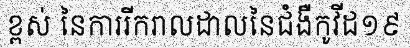
ខ្ពស់ នៃការរីករាលដាលនៃជំងឺកូវីដ១៩